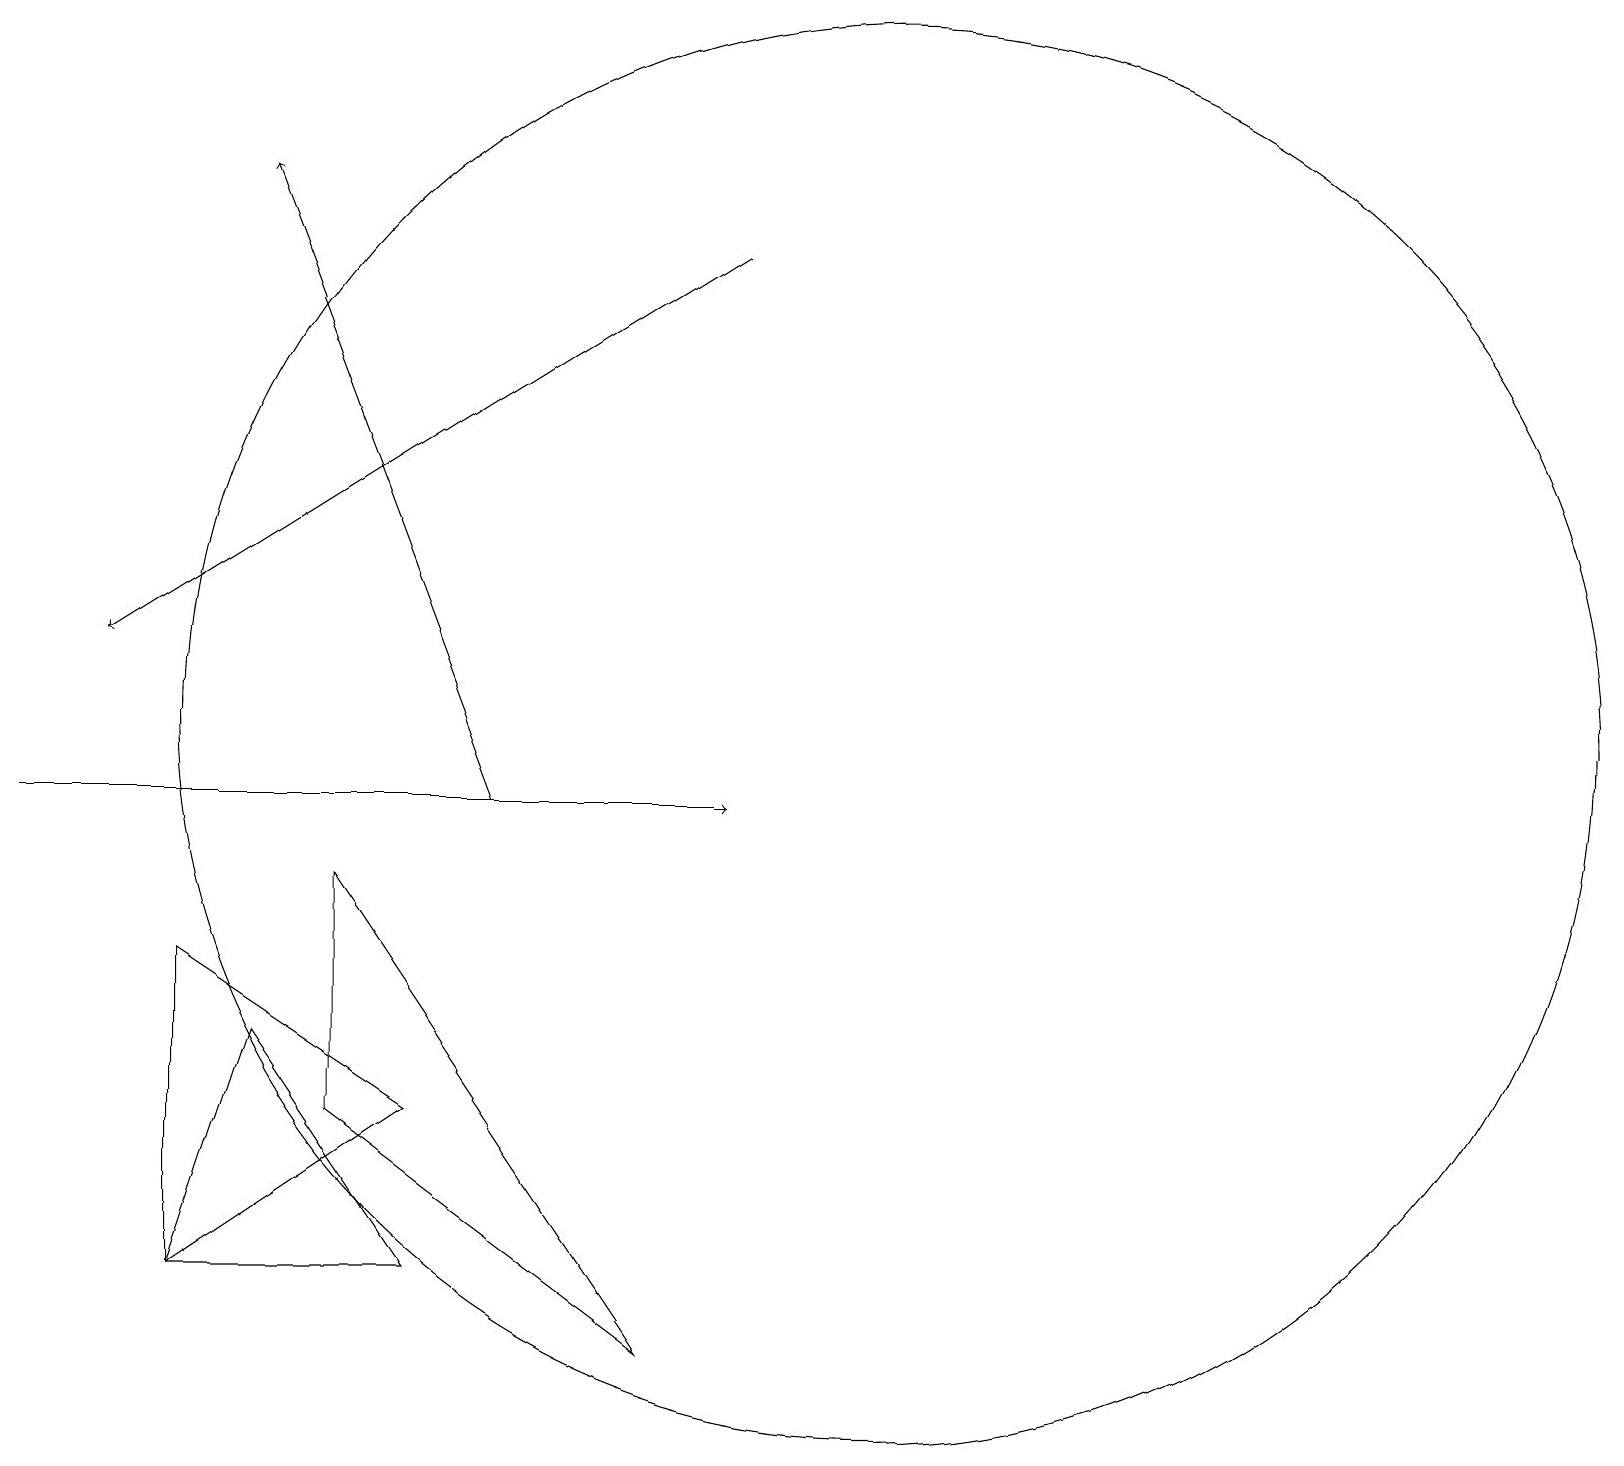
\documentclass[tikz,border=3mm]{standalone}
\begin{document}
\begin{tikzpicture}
\draw[->] (6,10) -- (3,18);
\draw (4,6) -- (8,3) -- (4,9) -- cycle;
\draw (11,11) circle (9);
\draw (2,8) -- (2,4) -- (5,6) -- cycle;
\draw (3,7) -- (2,4) -- (5,4) -- cycle;
\draw[->] (0,10) -- (9,10);
\draw[->] (9,17) -- (1,12);
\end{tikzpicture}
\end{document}